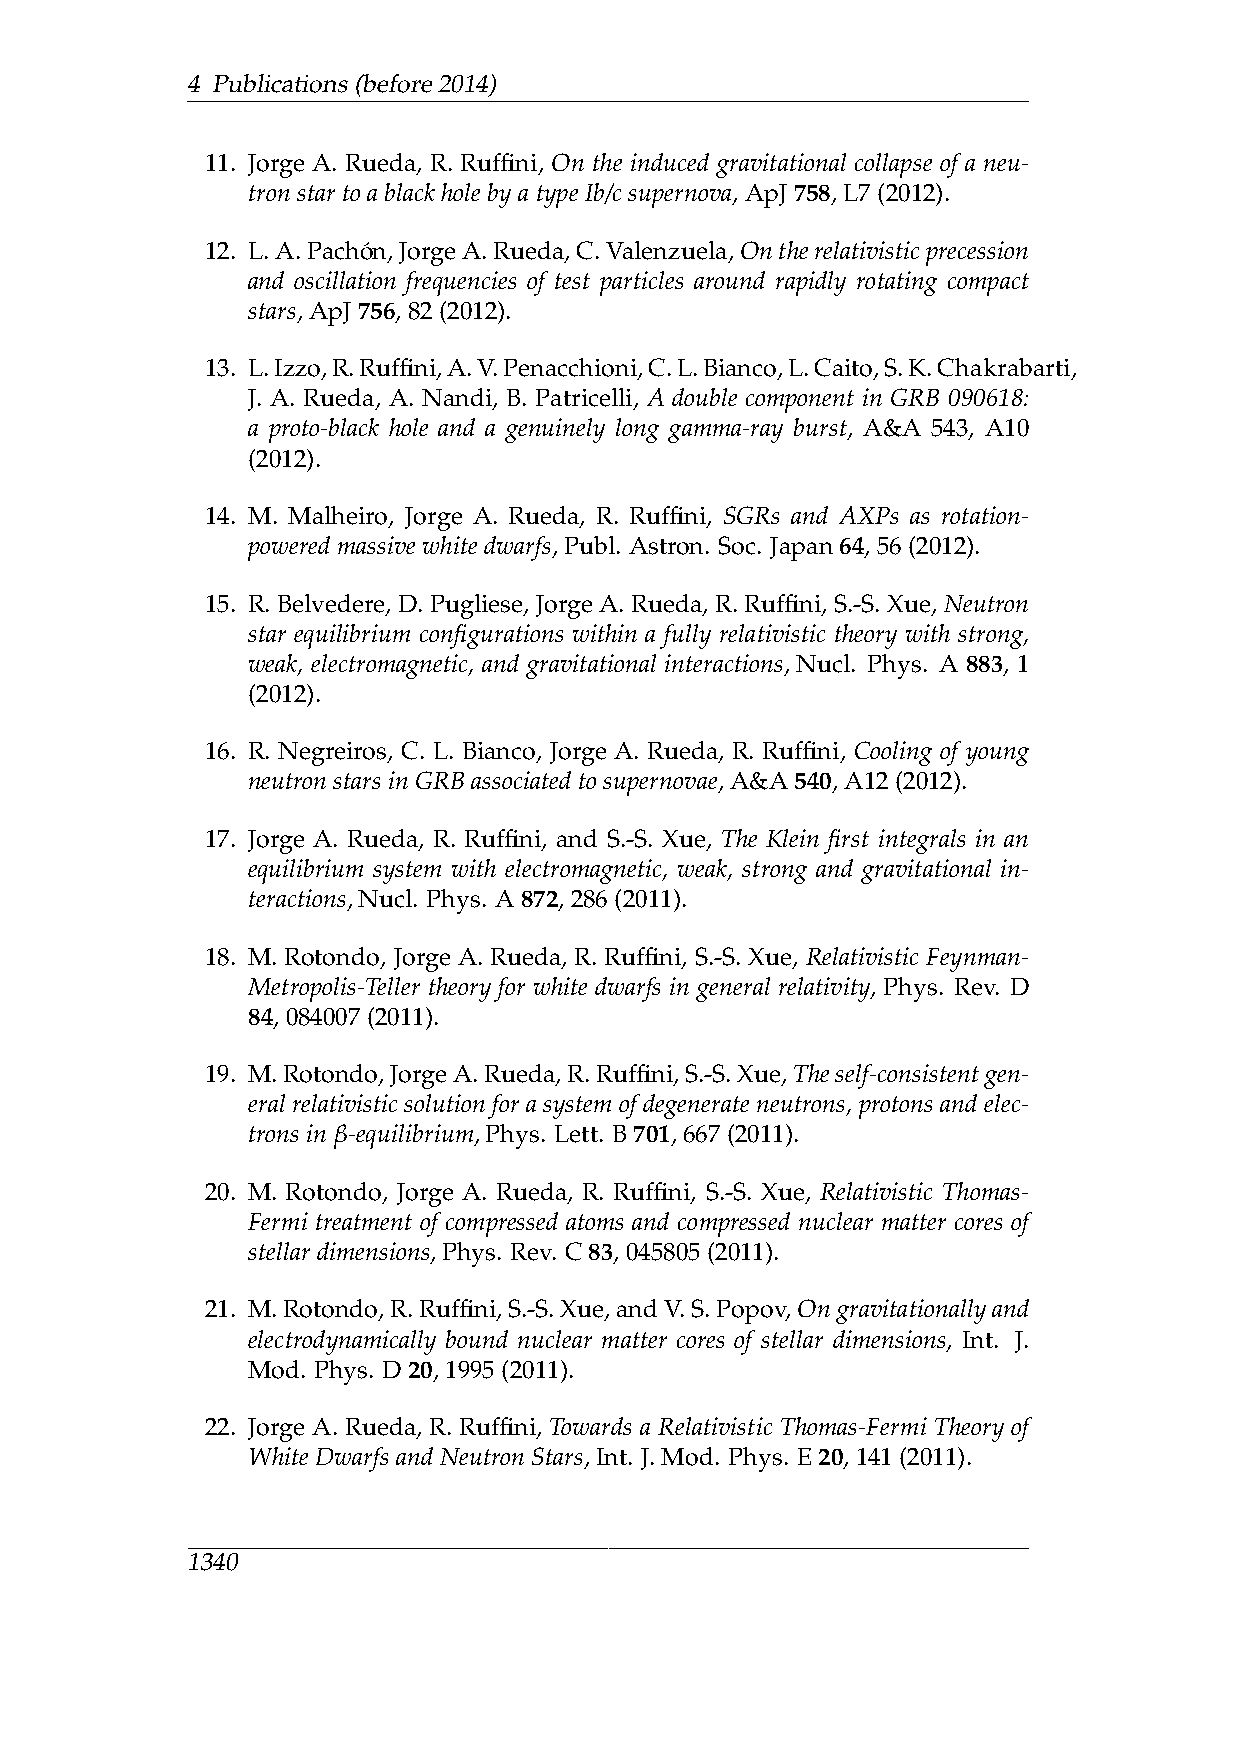
4 Publications(before2014)
 11. Jorge A. Rueda, R. Ruffini, On the induced gravitational collapse of a neu-
 tronstartoablackholebyatypeIb/csupernova,ApJ758,L7(2012).
 12. L.A.Pacho´n,JorgeA.Rueda,C.Valenzuela,Ontherelativisticprecession
 and oscillation frequencies of test particles around rapidly rotating compact
 stars,ApJ756,82(2012).
 13. L.Izzo,R.Ruffini,A.V.Penacchioni,C.L.Bianco,L.Caito,S.K.Chakrabarti,
 J. A. Rueda, A. Nandi, B. Patricelli, A double component in GRB 090618:
 a proto-black hole and a genuinely long gamma-ray burst, A&A 543, A10
 (2012).
 14. M. Malheiro, Jorge A. Rueda, R. Ruffini, SGRs and AXPs as rotation-
 poweredmassivewhitedwarfs,Publ. Astron. Soc. Japan64,56(2012).
 15. R. Belvedere, D. Pugliese, Jorge A. Rueda, R. Ruffini, S.-S. Xue, Neutron
 star equilibrium configurations within a fully relativistic theory with strong,
 weak, electromagnetic, and gravitational interactions, Nucl. Phys. A 883, 1
 (2012).
 16. R. Negreiros, C. L. Bianco, Jorge A. Rueda, R. Ruffini, Cooling of young
 neutronstarsinGRBassociatedtosupernovae,A&A540,A12(2012).
 17. Jorge A. Rueda, R. Ruffini, and S.-S. Xue, The Klein first integrals in an
 equilibrium system with electromagnetic, weak, strong and gravitational in-
 teractions,Nucl. Phys. A872,286(2011).
 18. M. Rotondo, Jorge A. Rueda, R. Ruffini, S.-S. Xue, Relativistic Feynman-
 Metropolis-Teller theory for white dwarfs in general relativity, Phys. Rev. D
 84,084007(2011).
 19. M.Rotondo,JorgeA.Rueda,R.Ruffini,S.-S.Xue,Theself-consistentgen-
 eral relativistic solution for a system of degenerate neutrons, protons and elec-
 tronsin β-equilibrium,Phys. Lett. B701,667(2011).
 20. M. Rotondo, Jorge A. Rueda, R. Ruffini, S.-S. Xue, Relativistic Thomas-
 Fermi treatment of compressed atoms and compressed nuclear matter cores of
 stellardimensions,Phys. Rev. C83,045805(2011).
 21. M.Rotondo,R.Ruffini,S.-S.Xue,andV.S.Popov,Ongravitationallyand
 electrodynamically bound nuclear matter cores of stellar dimensions, Int. J.
 Mod. Phys. D20,1995(2011).
 22. Jorge A. Rueda, R. Ruffini, Towards a Relativistic Thomas-Fermi Theory of
 WhiteDwarfsandNeutronStars,Int. J.Mod. Phys. E20,141(2011).
 1340